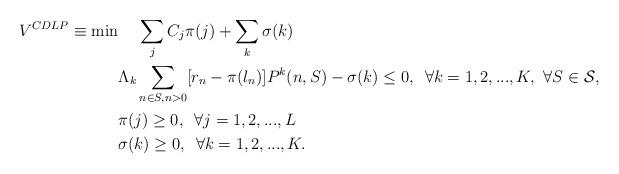
LaTeX: \begin{align*} V^{CDLP}\equiv \min &\,\,\,\,\,\,\, \sum_j C_j\pi(j)+\sum_k \sigma(k) \\ & \Lambda_k \sum_{n \in S, n>0} [r_n - \pi(l_n)] P^k(n,S) - \sigma(k) \leq 0 , \,\,\,\forall k = 1,2,...,K, \ \forall S \in \cal{S},\\ &\pi(j) \geq 0, \,\,\, \forall j=1,2,...,L\\ & \sigma(k) \geq 0, \,\,\, \forall k =1,2,...,K. \end{align*}